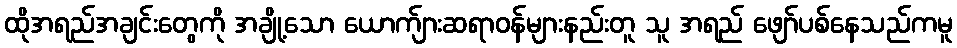
ထိုအရည်အချင်းတွေကို အချို့သော ယောက်ျားဆရာဝန်များနည်းတူ သူ အရည် ဖျော်ပစ်နေသည်ကမူ